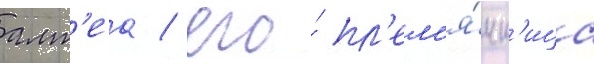
алт'еа / его́ пл'ем'я́нн'ица